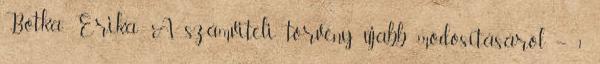
Botka Erika: A számviteli törvény újabb módosításáról – 1.